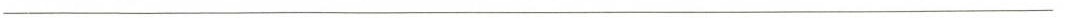
___